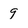
Character: 9